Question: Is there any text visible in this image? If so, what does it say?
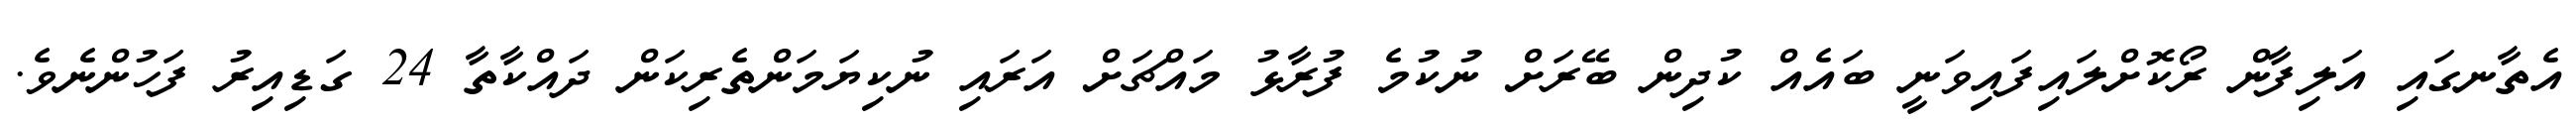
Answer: އެތާނގައި އަލިފާން ރޯކޮށްލައިފައިވަނީ ބައެއް ކުދިން ބޭރަށް ނުކުމެ ފުރާޅު މައްޗަށް އަރައި ނުކިޔަމަންތެރިކަން ދައްކާތާ 24 ގަޑިއިރު ފަހުންނެވެ.